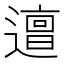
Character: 𨗍